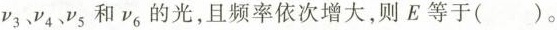
ν_{3}、V_{4}、v_{5}和v_{6}的光，且频率依次增大，则E等于()。